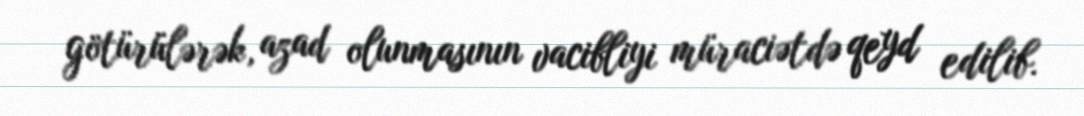
götürülərək, azad olunmasının vacibliyi müraciətdə qeyd edilib.